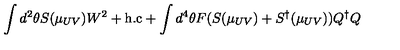
\int d ^ { 2 } \theta S ( \mu _ { U V } ) W ^ { 2 } + \mathrm { h . c } + \int d ^ { 4 } \theta F ( S ( \mu _ { U V } ) + S ^ { \dagger } ( \mu _ { U V } ) ) Q ^ { \dagger } Q